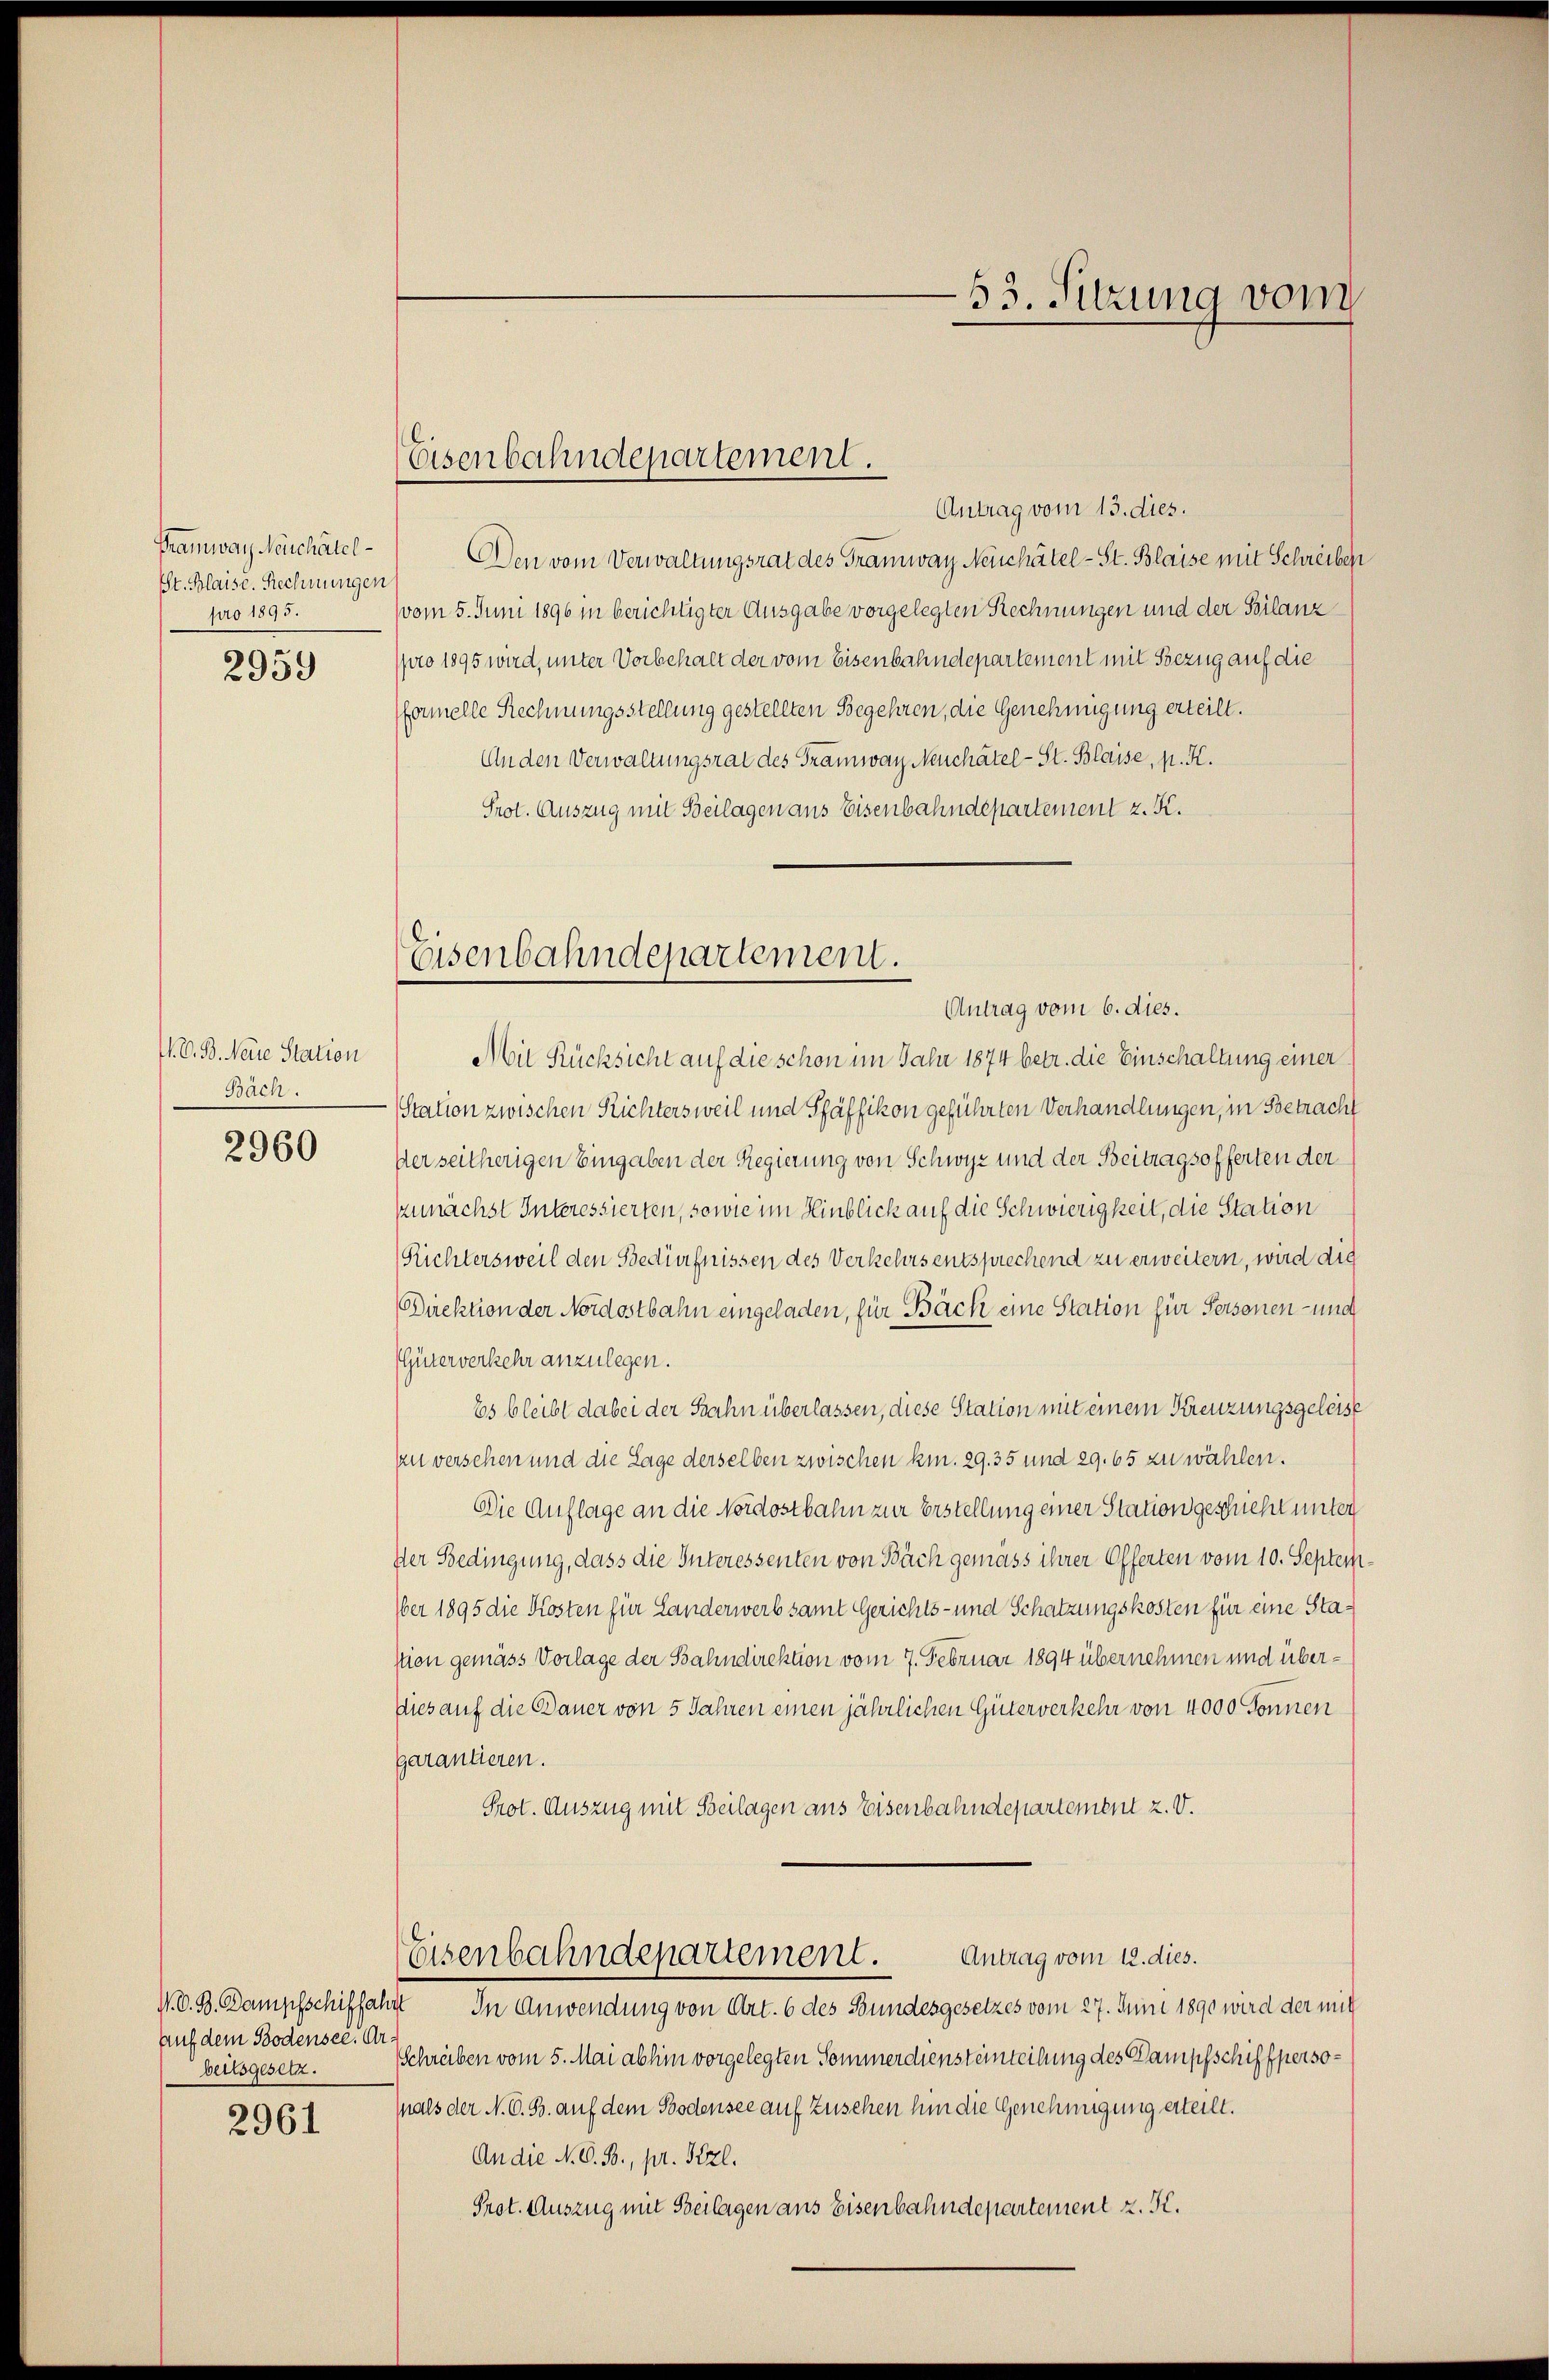
Pramway Neuchâtel
St. Blaise. Rechnungen
pro 1895.

2959

. V. B. Neue Station
Bach.

2960

V. D. B. Dampfschiffahrt
Auf dem Bodensee. Dr.

2961

Eisenbahndepartement.

Antrag vom 13. dies.
Den vom Verwaltungsrat des Tramway Neinhätel-St. Blaise mit Schreiben
vom 5. Juni 1896 in berichtigter Ausgabe vorgelegten Rechnungen und der Bilanz
pro 1895 wird, unter Vorbehalt der vom Eisenbahndepartement mit Bezug auf die
formelle Rechnungsstellung gestellten Begehren, die Genehmigung erteilt.
An den Verwaltungsrat des Tramway Neuchâtel-St. Blaise, p. K.
Prot. Auszug mit Beilagen aus Eisenbahndepartement z. K.

Eisenbahndepartement.
Antrag vom 6. dies.

Mit Rücksicht auf die schon im Jahr 1874 betr. die Einschaltung einer
Station zwischen Richtersweil und Pfäffikon geführten Verhandlungen, in Betracht
Der seitherigen Eingaben der Regierung von Schwyz und der Beitragsofferten der
zunächst Interessierten, sowie im Hinblick auf die Schwierigkeit, die Station
Richtersweil den Bedürfnissen des Verkehrs entsprechend zu erweitern, wird die
Direktion der Nordostbahn eingeladen, für Bäck eine Station für Personen- und
Güterverkehr anzulegen.
Es bleibt dabei der Bahn überlassen, diese Station mit einem Kreuzungsgeleise
An versehen und die Lage derselben zwischen kn. 29. 35 und 29. 65 zu wählen.
Die Auflage an die Nordostbahn zur Erstellung einer Station geschieht unter
Der Bedingung, dass die Interessenten von Bäch gemäss ihrer Offerten vom 10. Septem
ber 1895 die Kosten für Landerwerb samt Gerichts- und Schatzungskosten für eine Stanion gemäss Vorlage der Bahndirektion vom 7. Februar 1894 übernehmen und über¬
Dies auf die Dauer von 5 Jahren einen jährlichen Güterverkehr von 4000 Sonnen
garantieren.
Prot. Auszug mit Beilagen ans Eisenbahndepartement z. V.
Eisenbahndepartement.
Antrag vom 12. dies.
In Anwendung von Art. 6 des Bundesgesetzes vom 27. Juni 1890 wird der mit
beitsgesetz. Schreiben vom 5. Mai abhin vorgelegten Sommerdiensteinteilung des Dampfschiffpersomals der N. O. B. auf dem Bodensee auf Zusehen hin die Genehmigung erteilt.
An die N. O. B., pr. Stzl.
Prot. Auszug mit Beilagen aus Eisenbahndepartement z. S.

—53. Sitzung vom